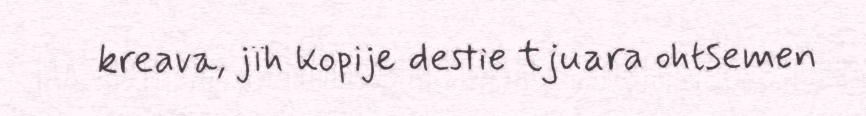
kreava, jïh kopije destie tjuara ohtsemen